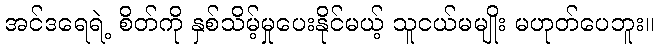
အင်ဒရေရဲ့ စိတ်ကို နှစ်သိမ့်မှုပေးနိုင်မယ့် သူငယ်မမျိုး မဟုတ်ပေဘူး။